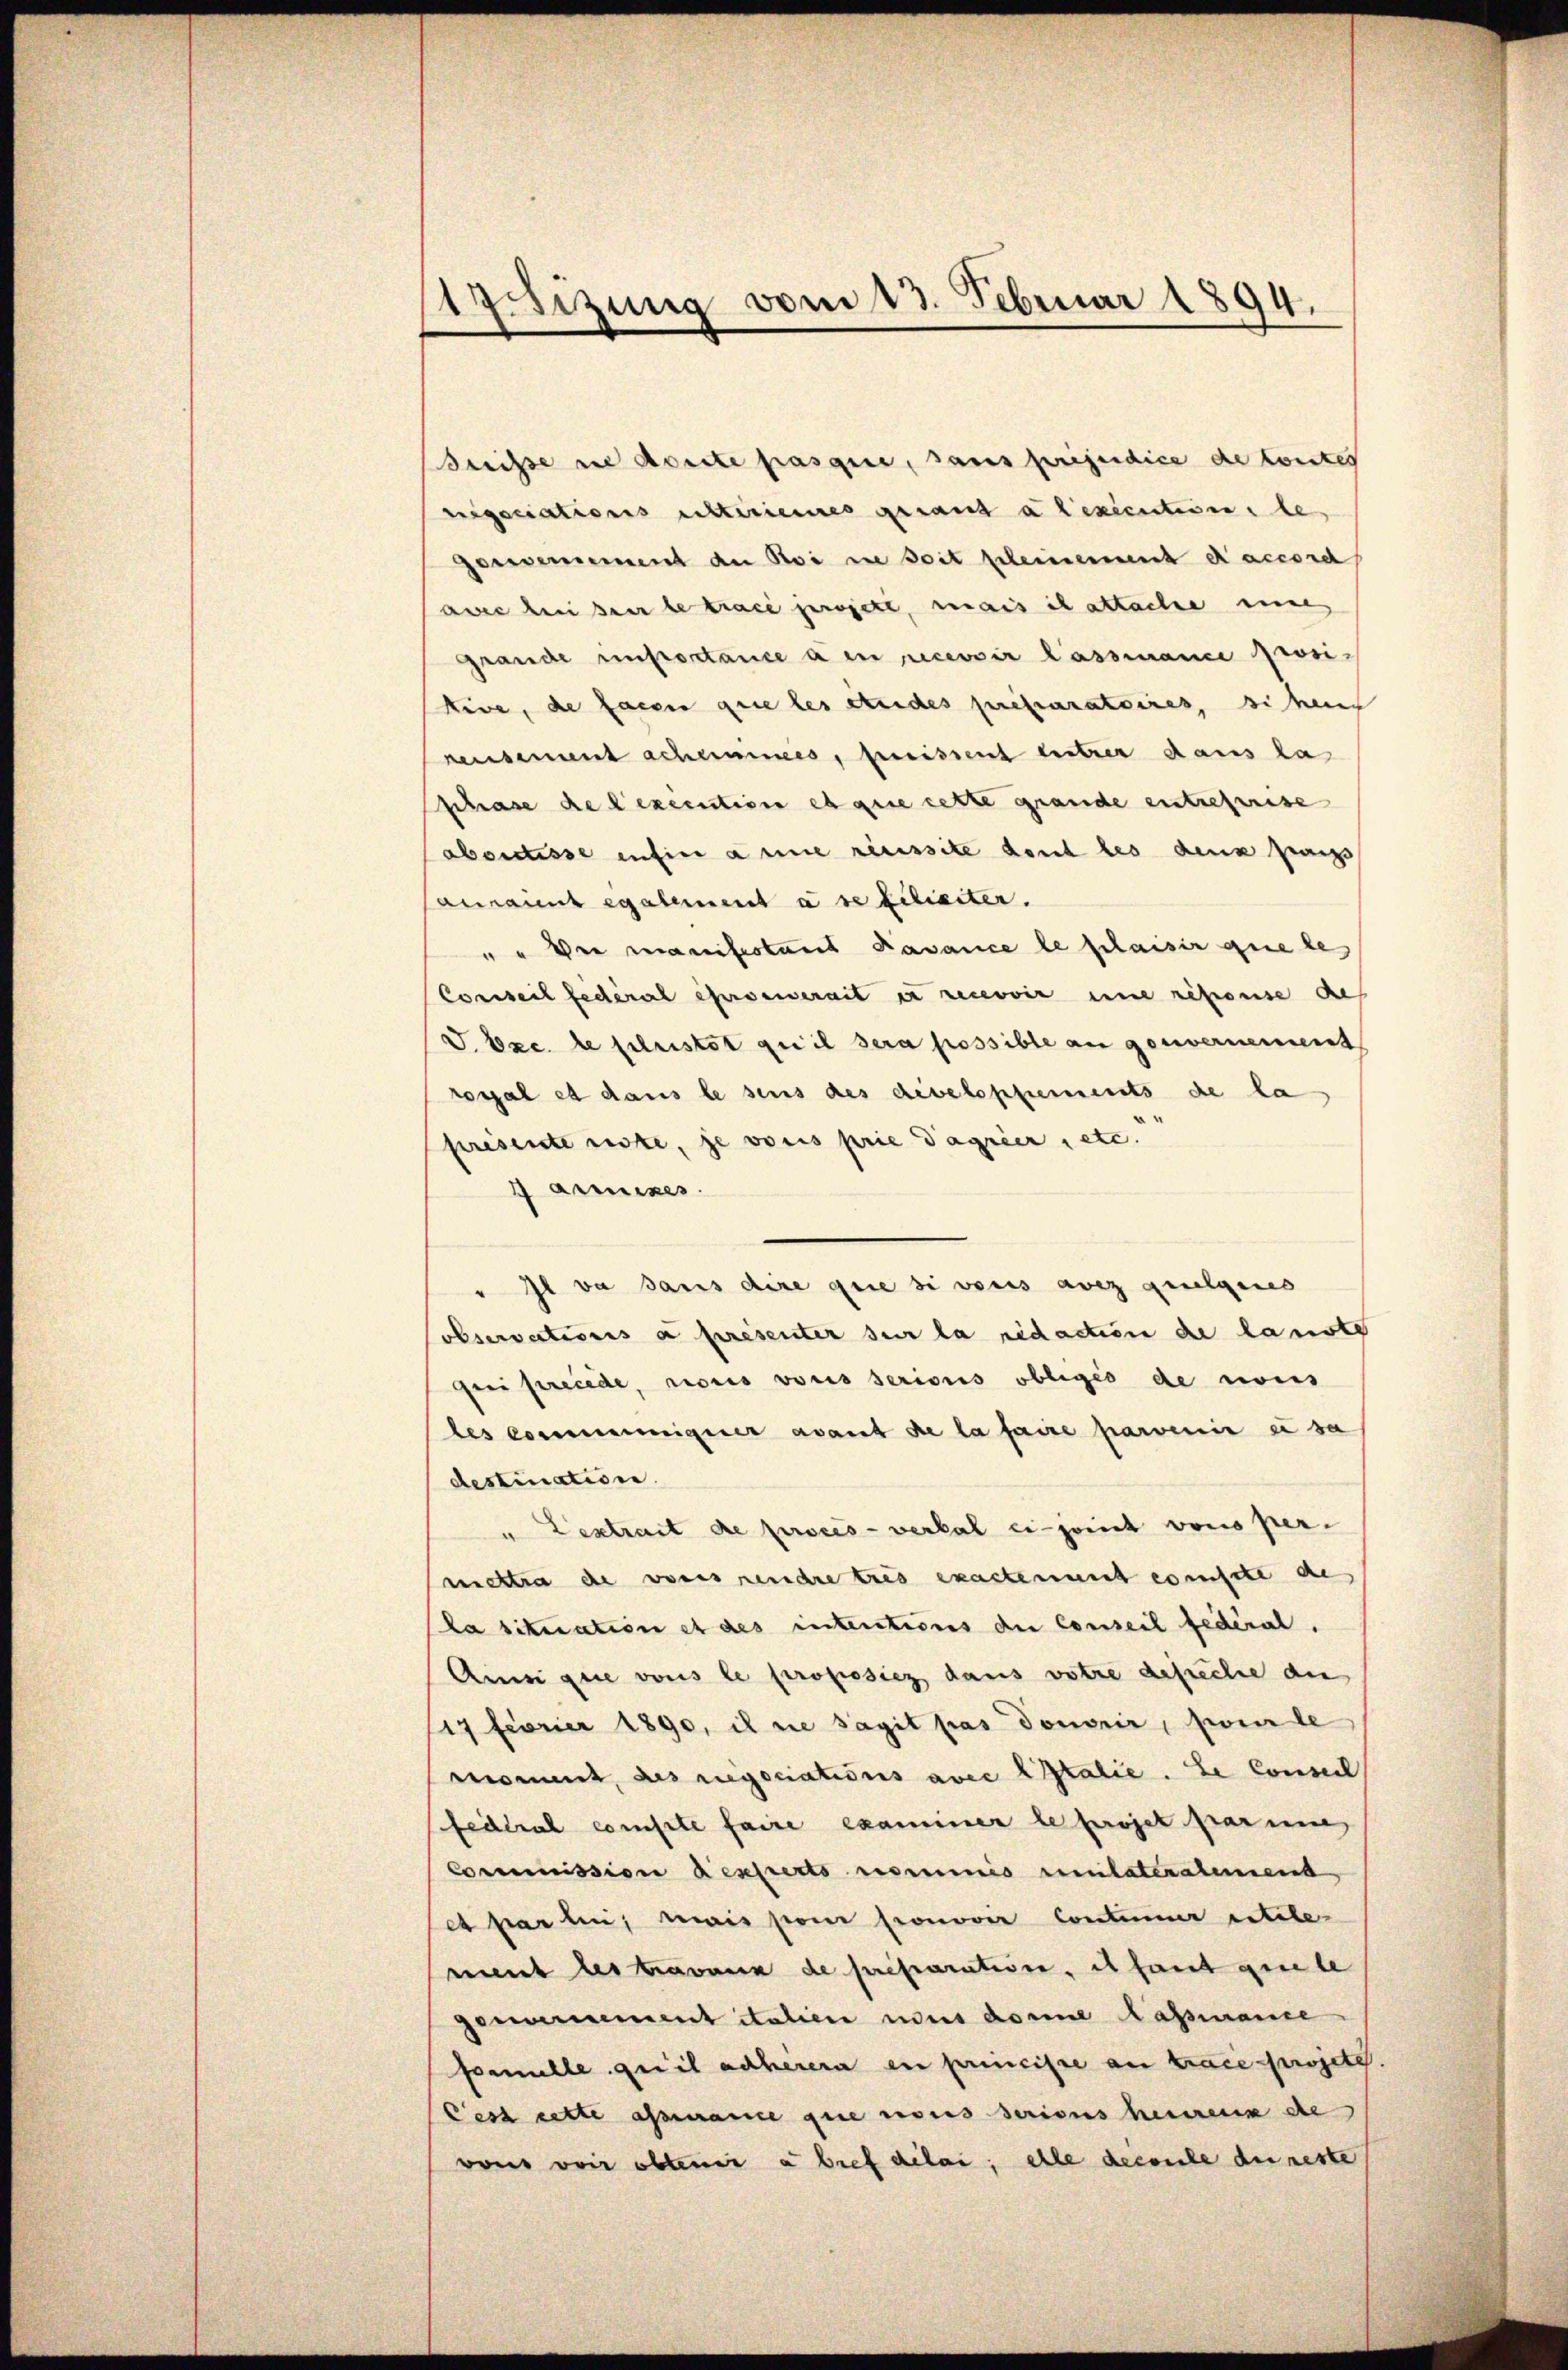
Preisse sie donate passire, sans préjudice de kontes
rigociations unteriennes gerand alexecution, le
Gardernement an Roi ne seit scheinement accorch
awee bei ser betrace gerete, mais il attache eine
Grande infortance a en recevoir lassiance provitive, de facen que les stundes prescaratoires, si hei
reusement scheines, freissent entrer dans la
schrase de lexecution et que cette grande entschweise
abortisse infin anne recessite dont les denn anz
anannt egalement à se filierter.
" " der manifestant Bavance le plaisir que le
Conseil fédéral essenerait in recevoir eine repouise des
J. Exc. de fleistet qui il sera possible an gouvernement
rossal et dans le sens des develophements de la
présente siste, je vocis prie Tagrier, etc.
aunises
"Il va dans dire que si vons avez quelques
observationis a presenter sur la redaction de langte
gei precede, rioris voris serions obligés de nous
les commenniger avant de la faire parvenir es sa
destination.
" Lestrait de procès-verkal einjonct vons per-
nichtra de vores rendre tres exactement conste de
la situation et des intentions der Conseil fédéral.
Ainsi que vous le proposier dans votre gesuche die
17 Febrier 1890, il sie sagit pas donorir, pomle
moment, des regociations avec Italie. Le conseil
fedtrat compte faire examiner le projet paren,
Commission desserto nominis milateralement
et parten, mais pour pronover Continer entele-
ment les travaux de preparatione, il faut gerete
gewonnement italien uns domine Lassmanne
formelle quil anherera en princise an Trace projete
Cest cette assance que nous seriens heimens de
vons von obtenir abref délai, elle dessele de reste

1Sitzung vom 13. Februar 1894.

.